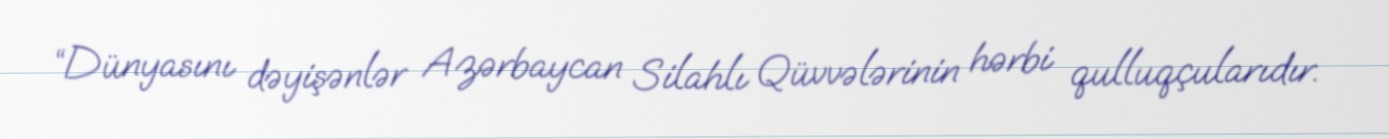
“Dünyasını dəyişənlər Azərbaycan Silahlı Qüvvələrinin hərbi qulluqçularıdır.